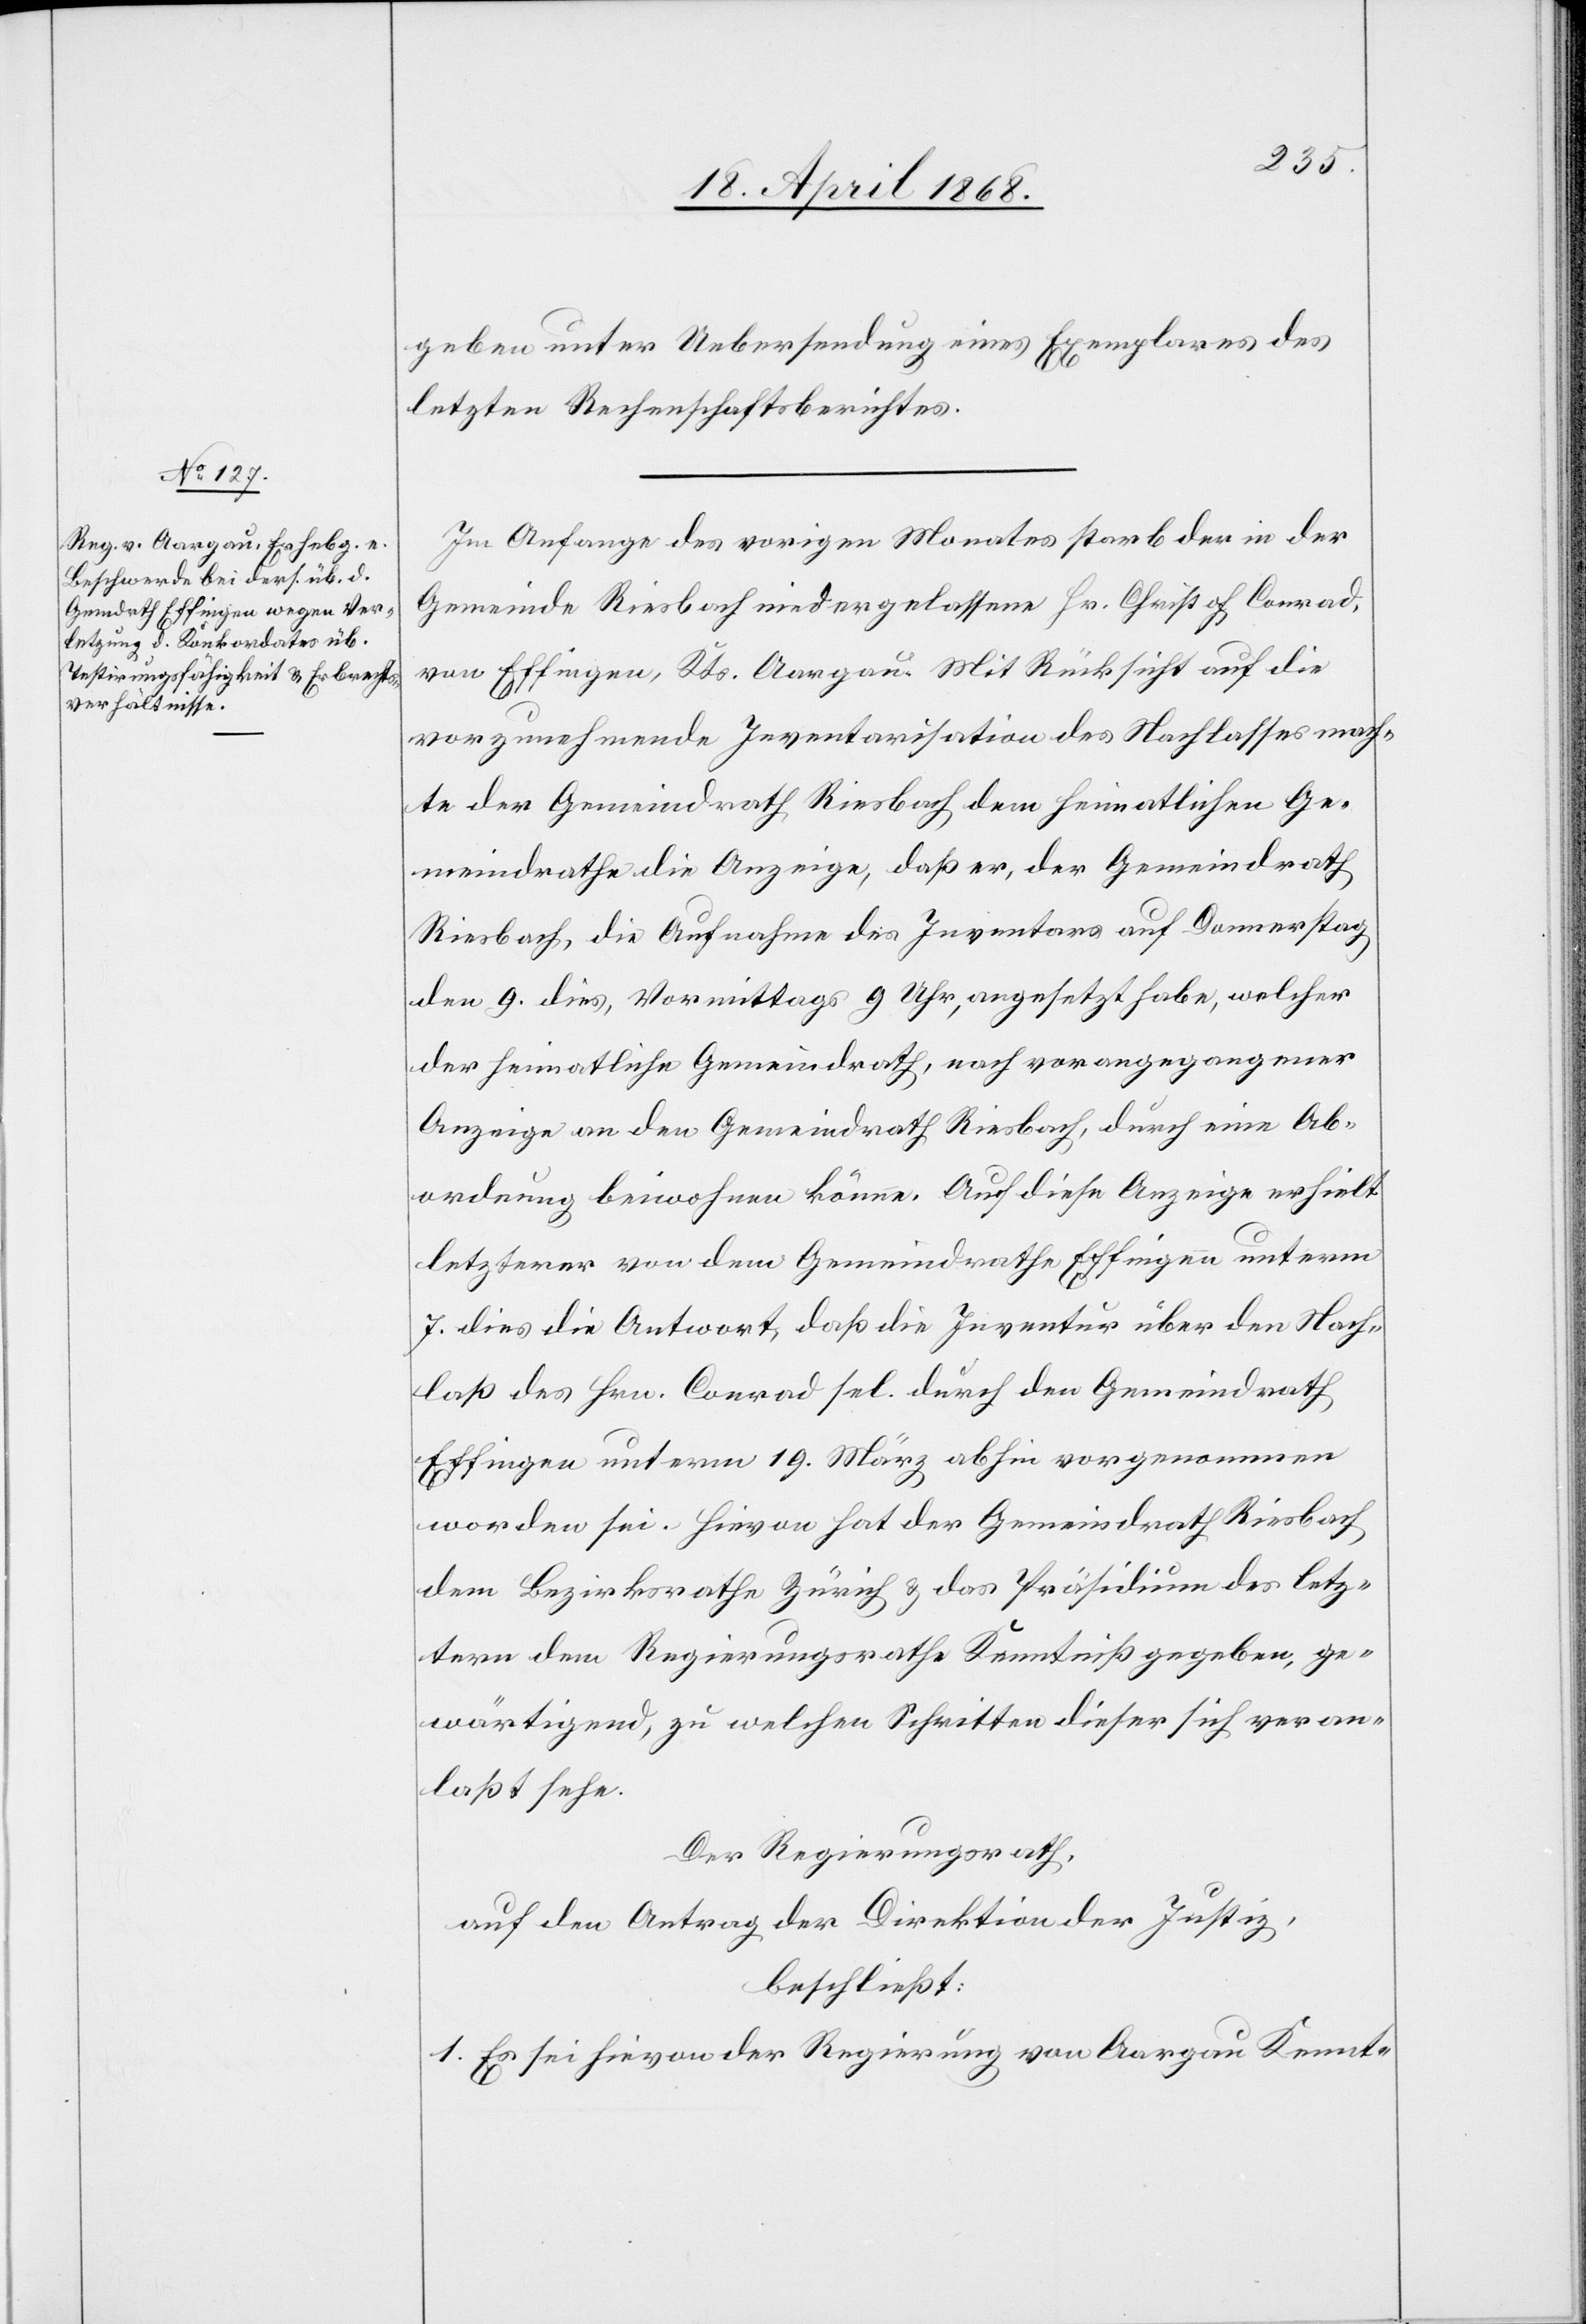
geben unter Uebersendung eines Exemplares des
letzten Rechenschaftsberichtes.
Im Anfange des vorigen Monates starb der in der
Gemeinde Riesbach niedergelassene Hr. Christof Conrad,
von Effingen, Kts. Aargau. Mit Rücksicht auf die
vorzunehmende Inventarisation des Nachlasses mach¬
te der Gemeindrath Riesbach dem heimatlichen Ge¬
meindrathe die Anzeige, daß er, der Gemeindrath
Riesbach, die Aufnahme des Inventars auf Donnerstag
den 9. dies, Vormittags 9 Uhr, angesetzt habe, welcher
der heimatliche Gemeindrath, nach vorangegangener
Anzeige an den Gemeindrath Riesbach, durch eine Ab¬
ordnung beiwohnen könne. Auf diese Anzeige erhielt
letzterer von dem Gemeindrathe Effingen unterm
7. dies die Antwort, daß die Inventur über den Nach¬
laß des Hrn. Conrad sel. durch den Gemeindrath
Effingen unterm 19. März abhin vorgenommen
worden sei. Hievon hat der Gemeindrath Riesbach
dem Bezirksrathe Zürich & das Präsidium des letz¬
tern dem Regierungsrathe Kenntniß gegeben, ge¬
wärtigend, zu welchen Schritten dieser sich veran¬
laßt sehe.
Der Regierungsrath,
auf den Antrag der Direktion der Justiz,
beschließt:
1. Es sei hievon der Regierung von Aargau Kennt-